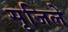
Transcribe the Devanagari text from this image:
सृजिले